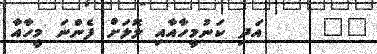
١٩     އަދި ކަނުމީހާއާއި ލޮލަށް ފެންނަ މީހާއާ